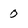
Character: 0